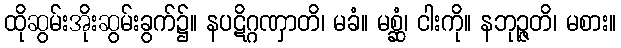
ထိုဆွမ်းအိုးဆွမ်းခွက်၌။ နပဋိဂ္ဂဏှာတိ၊ မခံ။ မစ္ဆံ၊ ငါးကို။ နဘုဉ္ဇတိ၊ မစား။